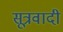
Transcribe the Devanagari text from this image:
सूत्रवादी